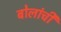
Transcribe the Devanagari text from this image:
बोलांची